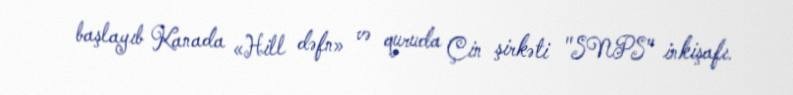
başlayıb Kanada «Hill dəfn» və quruda Çin şirkəti "SNPS" inkişafı.